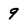
Character: 9